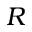
R